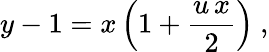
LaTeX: y-1=x\left(1+\frac{u\, x}{2}\right)~,